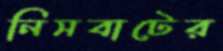
নিসবাটের